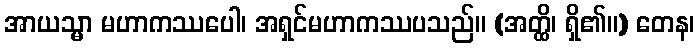
အာယသ္မာ မဟာကဿပေါ၊ အရှင်မဟာကဿပသည်။ (အတ္ထိ၊ ရှိ၏။) တေန၊